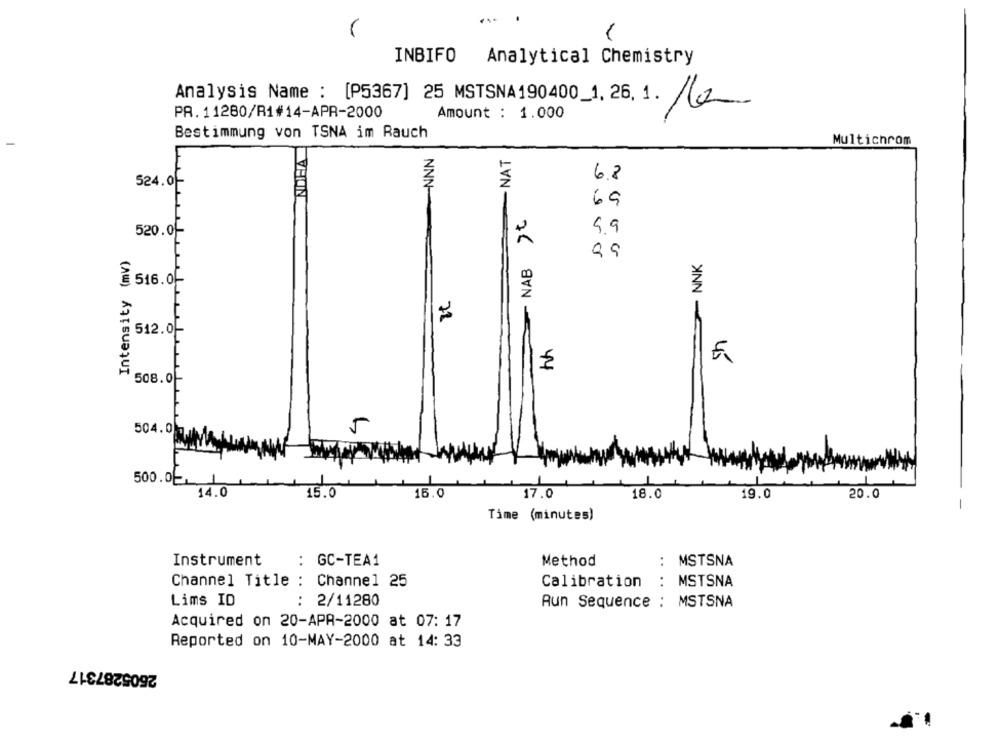
INBIFO Analytical Chemistry
Analysis Name : [P5367] 25 MSTSNA190400_1. 26. 1. /2
PR. 11280/R1#14-APR-2000
Amount : 1.000
Bestimmung von TSNA im Rauch
Multichrom
NAT
6.8
524.01-
NNN-
69
~ NAB It
520.01
59
Intensity (mv)
99
NNK
516.0-
72
512.0-
44
E
508.0
5
504.00
500.00 1
14.0
15.
15.0
17.0
18.0
19.0
20.0
-
Time (minutes)
Instrument
: GC-TEA1
Method
..
MSTSNA
Channel Title : Channel 25
Calibration
: MSTSNA
Lims ID
: 2/11280
Aun Sequence : MSTSNA
Acquired on 20-APR-2000 at 07: 17
Reported on 10-MAY-2000 at 14: 33
2505287317